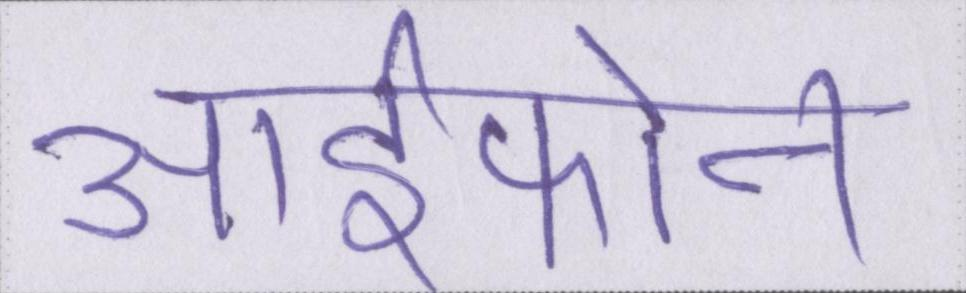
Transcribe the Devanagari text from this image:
आईफोन